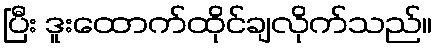
ပြီး ဒူးထောက်ထိုင်ချလိုက်သည်။